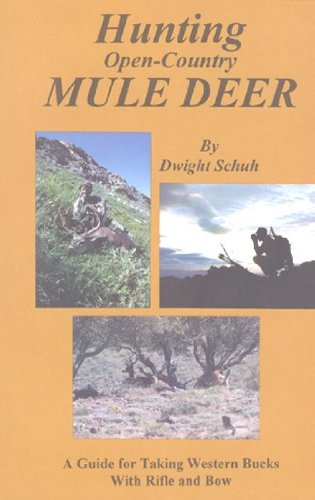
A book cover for Hunting Open-Country Mule Deer; Dwight Schuh; Sports & Outdoors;